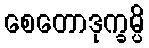
စေတောဒုက္ခမ္ပိ